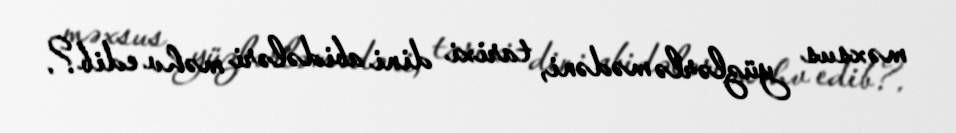
məxsus yüzlərlə mədəni, tarixi dini abidələri məhv edib?.